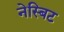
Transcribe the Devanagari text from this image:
नेस्बिट